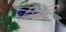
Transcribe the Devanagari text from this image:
नियन्ति